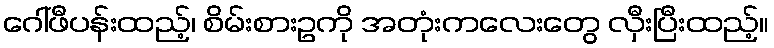
ဂေါ်ဖီပန်းထည့်၊ စိမ်းစားဥကို အတုံးကလေးတွေ လှီးပြီးထည့်။